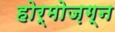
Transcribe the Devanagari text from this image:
होर्मोज़ग्न